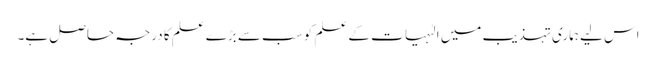
اس لیے ہماری تہذیب میں الٰہیات کے علم کو سب سے بڑے علم کا درجہ حاصل ہے۔